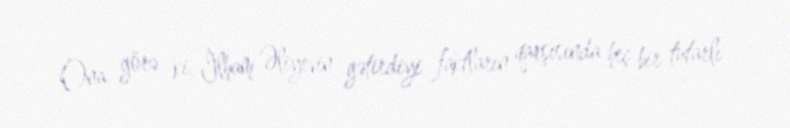
Ona görə ki, İlham Əliyevin gətirdiyi faktların qarşısında heç bir tutarlı